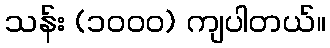
သန်း (၁၀၀၀) ကျပါတယ်။